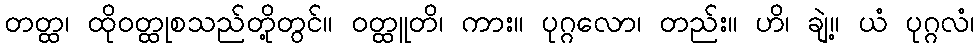
တတ္ထ၊ ထိုဝတ္ထုစသည်တို့တွင်။ ဝတ္ထူတိ၊ ကား။ ပုဂ္ဂလော၊ တည်း။ ဟိ၊ ချဲ့။ ယံ ပုဂ္ဂလံ၊